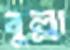
বুল্লা